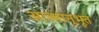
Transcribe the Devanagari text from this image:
आत्मानुभूत